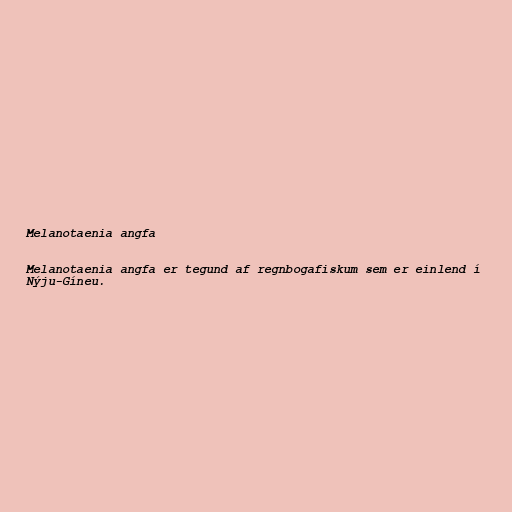
Melanotaenia angfa

Melanotaenia angfa er tegund af regnbogafiskum sem er einlend í
Nýju-Gíneu.